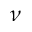
\nu